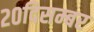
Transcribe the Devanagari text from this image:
२०दिसम्बर